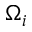
\Omega _ { i }